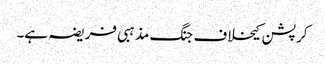
کرپشن کیخلاف جنگ مذہبی فریضہ ہے۔